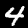
Label: 4